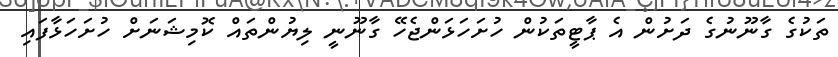
ތަކުގެ ގާނޫނުގެ ދަށުން އެ ޕާޓީތަކުން ހުށަހަޅަންޖެހޭ ގާނޫނީ ލިޔުންތައް ކޮމިޝަނަށް ހުށަހަޅާފައި